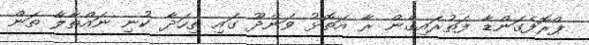
ޕްރޮފެގަންޑާ ފަތުރައިގެން ރާ އަތޮޅު ވަންދޫ ގައި ތިހަދާ ކުނި ނައްތާލާ ތަން